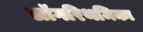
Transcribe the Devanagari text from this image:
लॉगरिथमिका